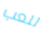
للعب